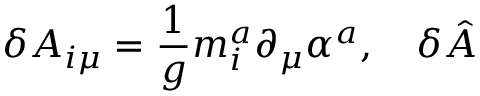
\delta A _ { i \mu } = \frac 1 g m _ { i } ^ { a } \partial _ { \mu } \alpha ^ { a } , \quad \delta \hat { A }